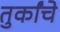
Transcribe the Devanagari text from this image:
तुर्कांचे